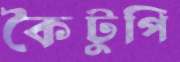
কৈটুপি